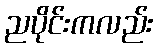
ညပိုင်းကလည်း